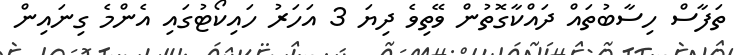
ތަފާސް ހިސާބުތައް ދައްކާގޮތުން ވޭތިވެ ދިޔަ 3 އަހަރު ހައިކޯޓުގައި އެންމެ ގިނައިން